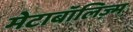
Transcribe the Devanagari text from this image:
मेटाबॉलिज़्म